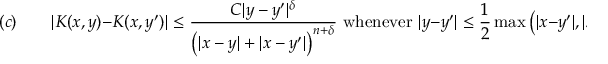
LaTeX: ( c ) \qquad | K ( x , y ) - K ( x , y ^ { \prime } ) | \leq { \frac { C | y - y ^ { \prime } | ^ { \delta } } { { \bigl ( } | x - y | + | x - y ^ { \prime } | { \bigr ) } ^ { n + \delta } } } { \mathrm { ~ w h e n e v e r ~ } } | y - y ^ { \prime } | \leq { \frac { 1 } { 2 } } \operatorname* { m a x } { \bigl ( } | x - y ^ { \prime } | , | x - y | { \bigr ) }